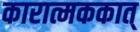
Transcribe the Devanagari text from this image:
कारात्मककात्‌